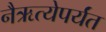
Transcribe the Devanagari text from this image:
नैऋत्येपर्यंत